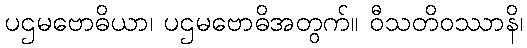
ပဌမဗောဓိယာ၊ ပဌမဗောဓိအတွက်။ ဝီသတိဝဿာနိ၊